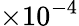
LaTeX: \times 10^{-4}